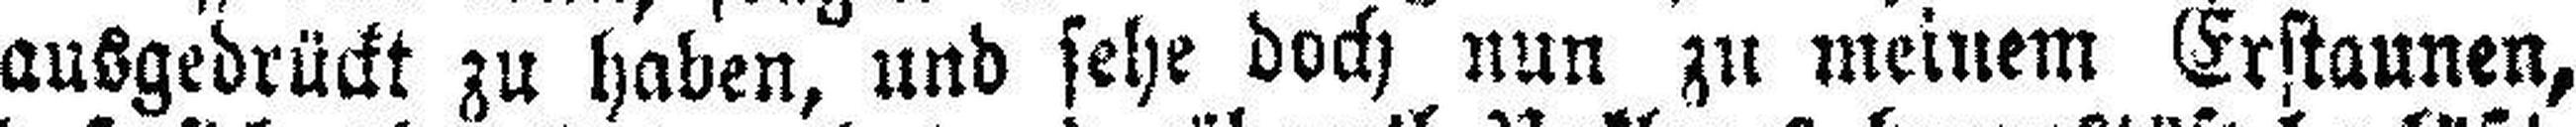
ausgedrückt zu haben, und sehe doch nun zu meinem Erstaunen,